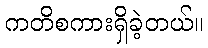
ကတိစကားရှိခဲ့တယ်။